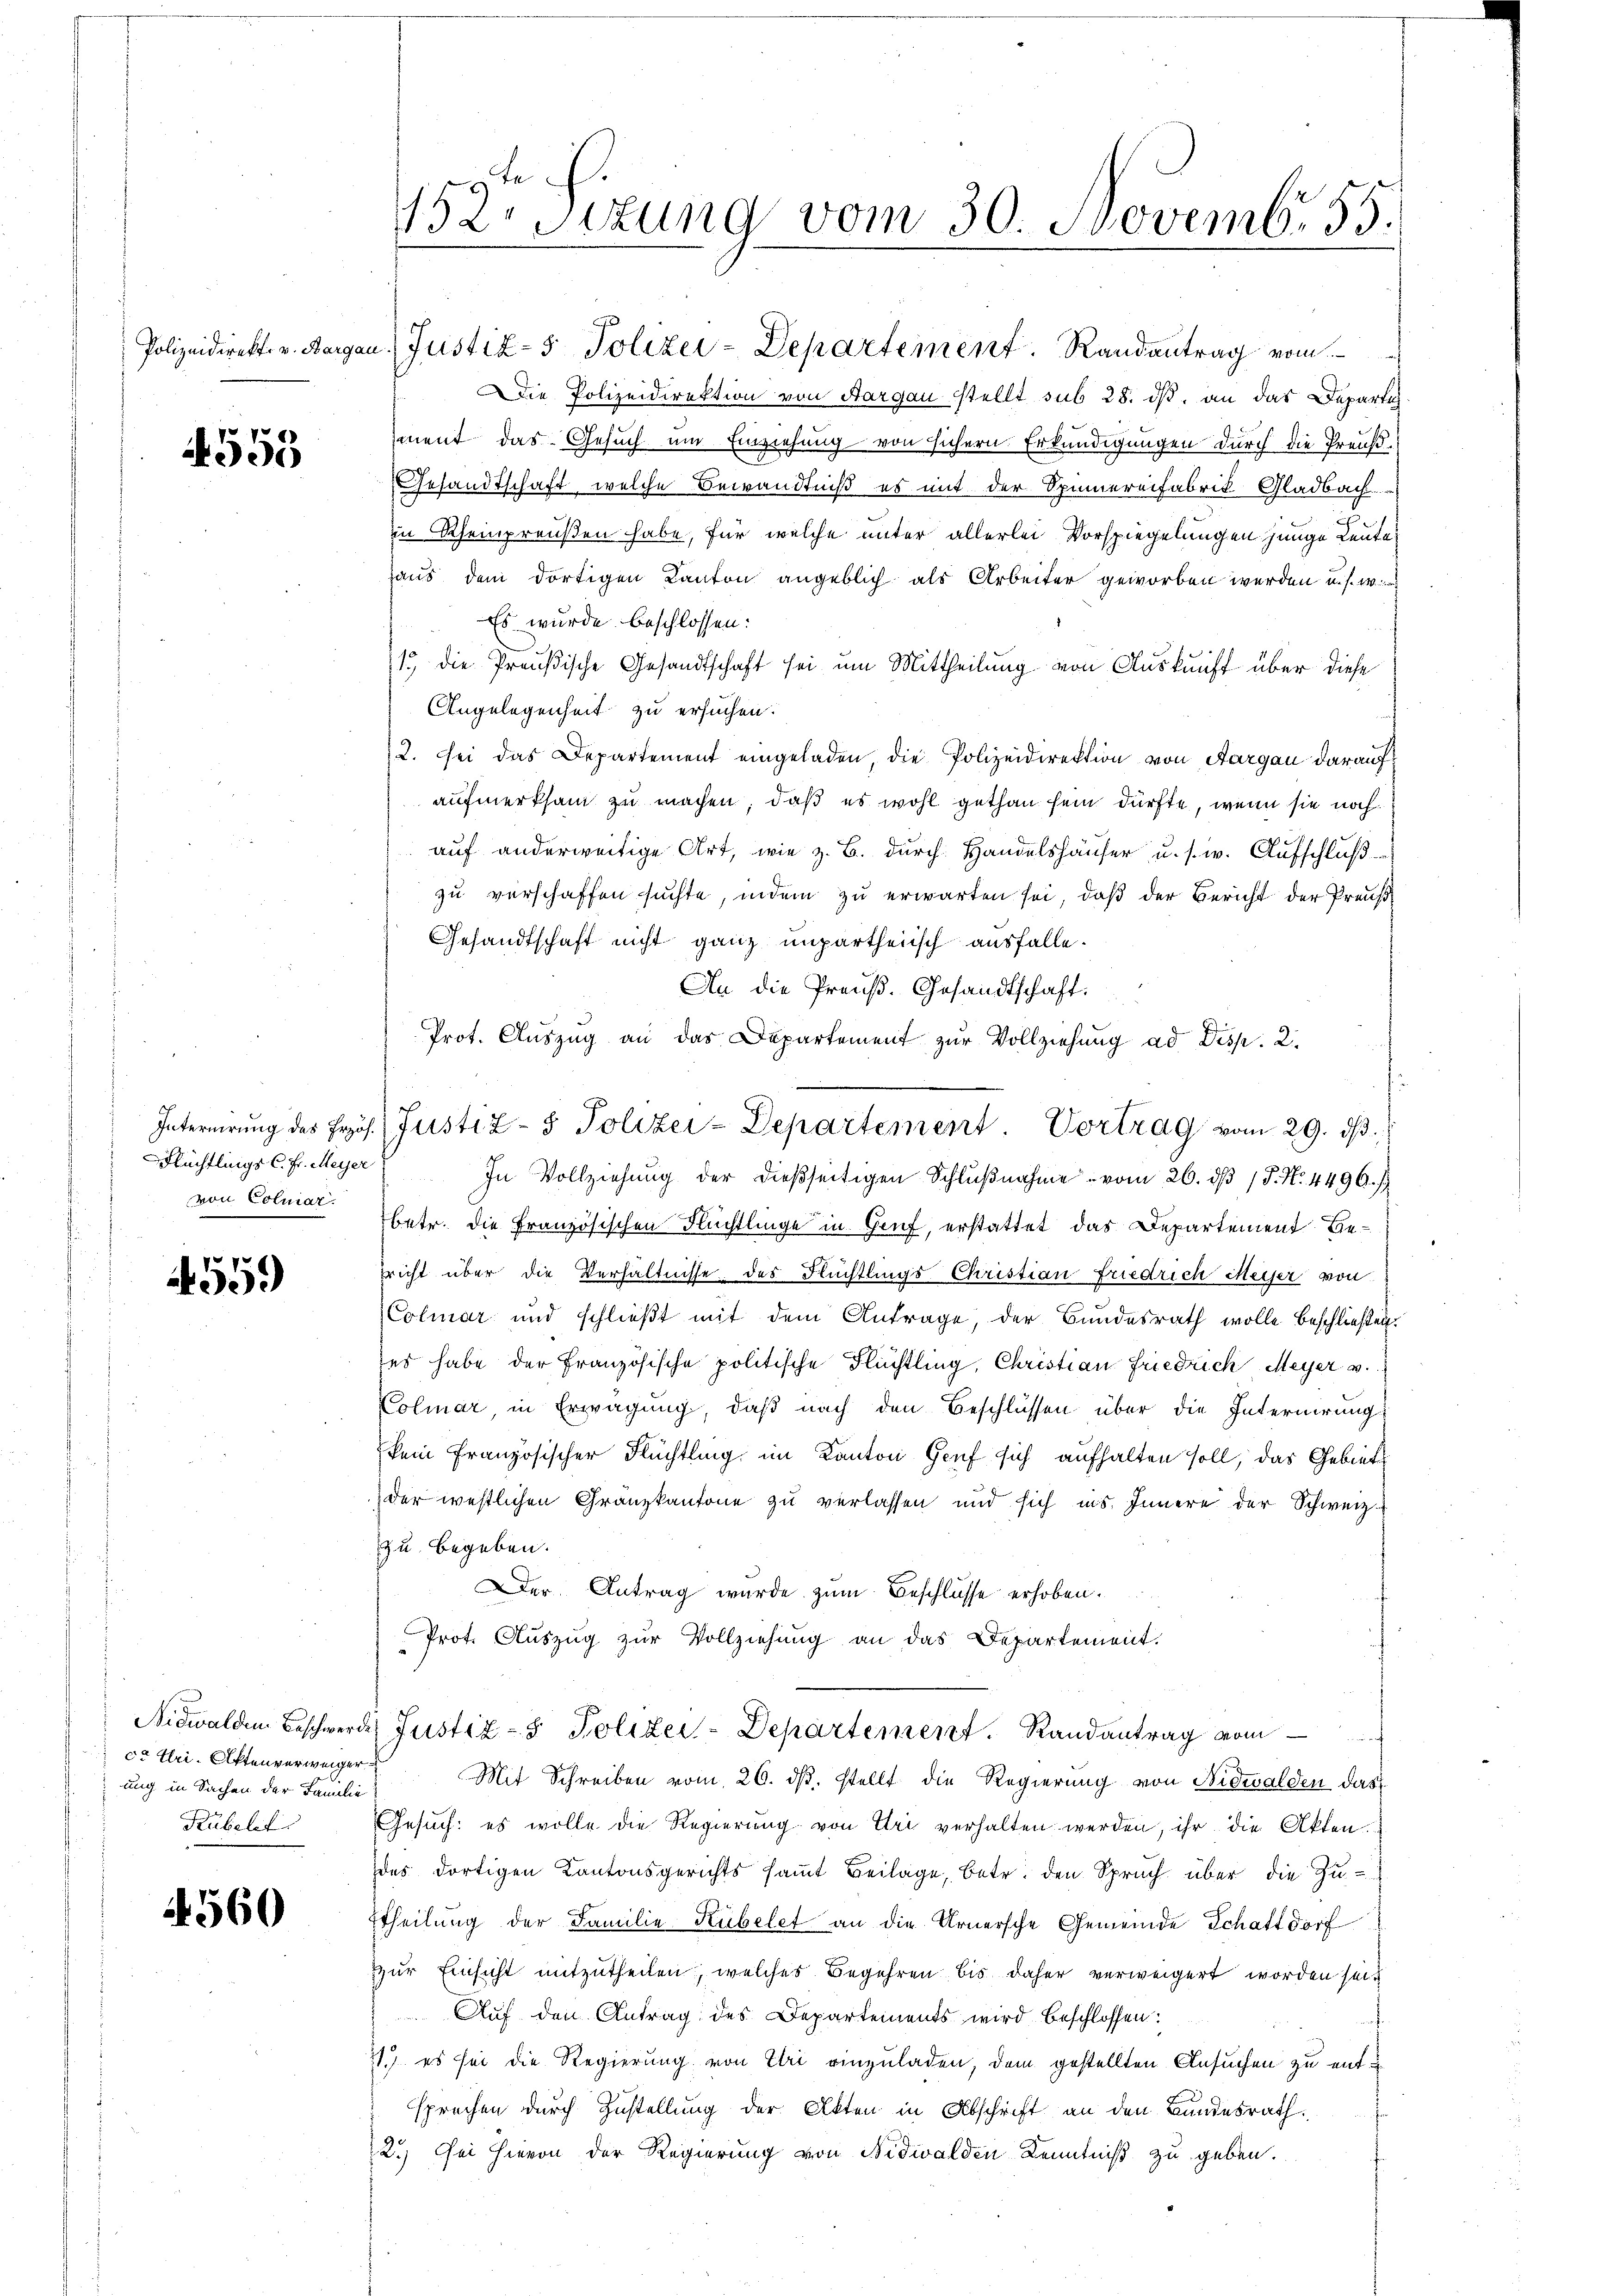
4555

von Coluiar.

4559

co Uri. Aktenverweiger
ung in Sachen der Familie
Rubelt

4560

152 Sizung vom 30. Novembr. 55.

Polizeidirekt v. Bargau Justiz- & Polizei-Departement. Randantrag vom
Die Polizeidirektion von Aargau stellt sub 28. ds, an das Departig
ment das Gesuch um Einziehung von sichern Erkundigungen durch die Preuß¬
Gesandtschaft, welche Bewandtniß es mit der Spinnereifabrik Gladbach
in Rheinpreußen habe, für welche unter allerlei Vorspiegelungen junge Leute
haus dem dortigen Kanton angeblich als Arbeiter geworben werden u. s. w
Es wurde beschlossen:
13 die Preußische Gesandtschaft sei um Mittheilung von Auskunft über diese
Angelegenheit zu ersuchen.
12. Sei das Departement eingeladen, die Polizeidirektion von Aargau darauf
aufmerksam zu machen, daß es wohl gethan sein dürfte, wenn sie noch
auf anderweitige Art, wie z. B. durch Handelshäuser u. s. w. Aufschluß
zu verschaffen suchte, indem zu erwarten sei, daß der Bericht der Preuß¬
Gesandtschaft nicht ganz unpartheiisch ausfalle.
An die Preuß. Gesandtschaft.
Prot. Auszug an das Departement zur Vollziehung ad Disp. 2.
Flüchtlings c. fr. Meyer In Vollziehung der dießseitigen Schlŭβnahme vom 26. dβ / P. N. 4496. 1
betr. die Französischen Flüchtlinge in Genf, erstattet das Departement Bericht über die Verhältnisse des Flüchtlings Christian friedrich Meiser von
Colmar und schließt mit dem Antrage, der Bundesrath wolle beschließen.
ses habe der Französische politische Flüchtling, Christian Friedrich Meyer v.
Colmar, in Erwägung, daß nach den Beschlüssen über die Internirung
kein französischer Flüchtling im Kanton Genf sich aufhalten soll, das Gebiets
der westlichen Gränzkantone zu verlassen und sich ins Innere der Schweizzu begeben.
Der Antrag wurde zum Beschlüsse erhoben.
Prot. Auszug zur Vollziehung an das Departement.
Nidwalden Beschwere Justiz- & Polizei-Departement. Randantrag vom
Mit Schreiben vom 26. ds. stellt die Regierung von Nidwalden das
Gesuch: es wolle die Regierung von Uri verhalten werden, ihr die Akten.
des dortigen Kantonsgerichts sammt Beilage, betr. den Spruch über die Zu-
ttheilung der Familie Kübelet an die Urnersche Gemeinde Schattdorf
zur Einsicht mitzutheilen, welches Begehren bis daher verweigert worden seit
Auf den Antrag des Departements wird beschlossen:
21. es sei die Regierung von Uri einzuladen, dem gestellten Ansuchen zu entsprechen durch Zustellung der Akten in Abschrift an den Bundesrath
2.) Sei hievon der Regierung von Nidwalden Kenntniß zu geben.

Internirung des Frös. Justiz- & Polizei-Departement Vortrag vom 29. dβ,